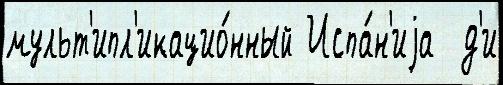
мульт'ипл'икацио́нный Испа́н'иjа  д'и